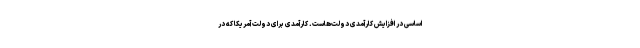
اساسی در افزایش کارآمدی دولت‌هاست. کارآمدی برای دولت آمریکا که در